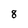
Character: 8